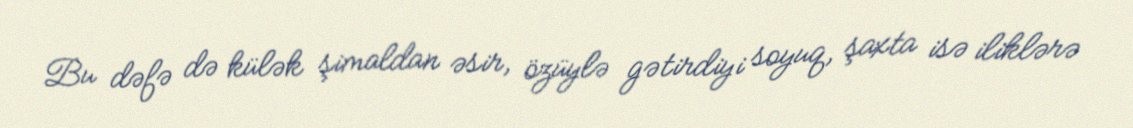
Bu dəfə də külək şimaldan əsir, özüylə gətirdiyi soyuq, şaxta isə iliklərə